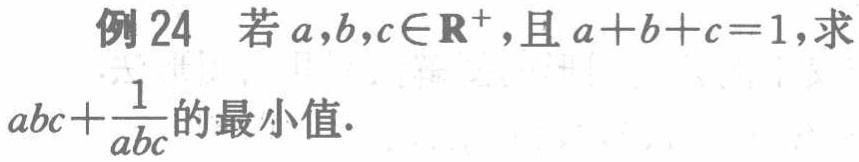
例24 若\(a,b,c\in\mathbf{R}^{+}\)，且\(a + b + c = 1\)，求\(abc+\frac{1}{abc}\)的最小值.